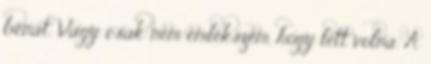
bénát. Vagy csak nem emlékszem, hogy lett volna. A